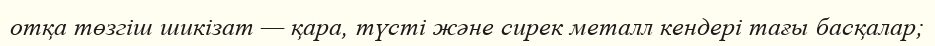
отқа төзгіш шикізат — қара, түсті және сирек металл кендері тағы басқалар;